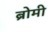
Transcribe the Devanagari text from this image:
ब्रोमी